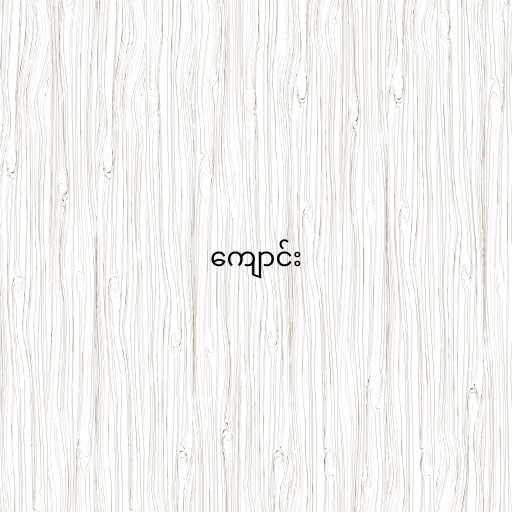
ကျောင်း